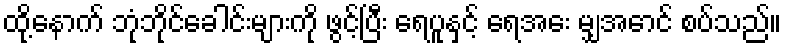
ထို့နောက် ဘုံဘိုင်ခေါင်းများကို ဖွင့်ပြီး ရေပူနှင့် ရေအေး မျှအောင် စပ်သည်။